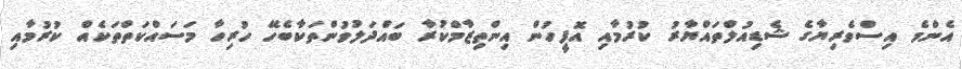
އެންމެ އިސްވެރިޔާގެ ޝެޑިއުލްތައްޔާރު ކުރުމާއި އޮފީހުން އިންތިޒާމްކުރާ ބައްދަލުވުންތަކާބެހޭ ހުރިހާ މަސައްކަތްތަކެއް ކުރުމާއި